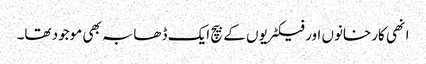
انھی کارخانوں اور فیکٹریوں کے بیچ ایک ڈھابہ بھی موجود تھا۔